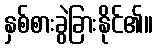
နှစ်စားခွဲခြားနိုင်၏။